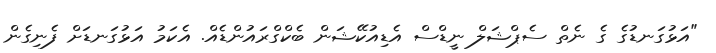
"އަޅުގަނޑުގެ ގެ ނެތް ސެޕްޝަލް ނީޑްސް އެޑިއުކޭޝަން ބެކްގްރައުންޑެއް. އެކަމު އަޅުގަނޑަށް ފެނިގެން